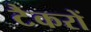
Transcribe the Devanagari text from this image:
टैकरों